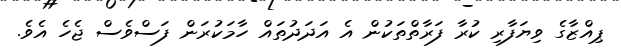
ޕިއްޒާގެ ވިޔަފާރި ކުރާ ފަރާތްތަކުން އެ އަދަދުތައް ހާމަކުރަން ފަސްވެސް ޖެހެ އެވެ.